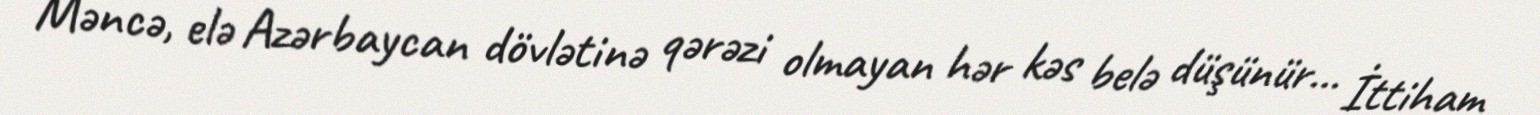
Məncə, elə Azərbaycan dövlətinə qərəzi olmayan hər kəs belə düşünür... İttiham